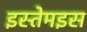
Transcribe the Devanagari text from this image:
इस्तेमइस